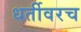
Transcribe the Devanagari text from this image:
धर्तीवरच